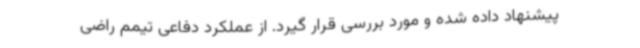
پیشنهاد داده شده و مورد بررسی قرار گیرد. از عملکرد دفاعی تیمم راضی